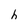
Character: h